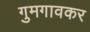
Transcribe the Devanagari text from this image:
गुमगावकर